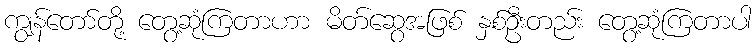
ကျွန်တော်တို့ တွေ့ဆုံကြတာဟာ မိတ်ဆွေအဖြစ် နှစ်ဦးတည်း တွေ့ဆုံကြတာပါ